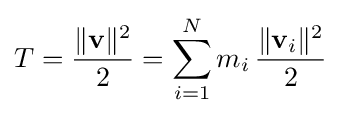
T={\frac {\Vert \mathbf {v} \Vert ^{2}}{2}}=\sum _{i=1}^{N}m_{i}\,{\frac {\Vert \mathbf {v} _{i}\Vert ^{2}}{2}}